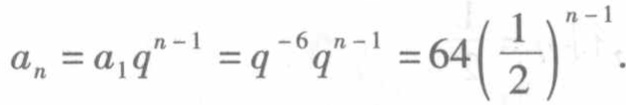
\(a_{n}=a_{1}q^{n - 1}=q^{-6}q^{n - 1}=64\left(\frac{1}{2}\right)^{n - 1}\).